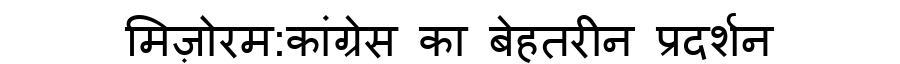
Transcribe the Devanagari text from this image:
मिज़ोरम:कांग्रेस का बेहतरीन प्रदर्शन